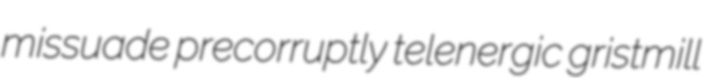
missuade precorruptly telenergic gristmill